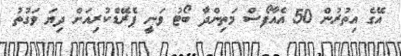
އޭގެ އިތުރުން 50 އެއާފޯސް މަތިންދާ ބޯޓު ވަނީ ޕެރޭޑްކުރިއަށް ދިޔަ ވަގުތު